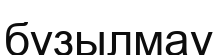
бұзылмау